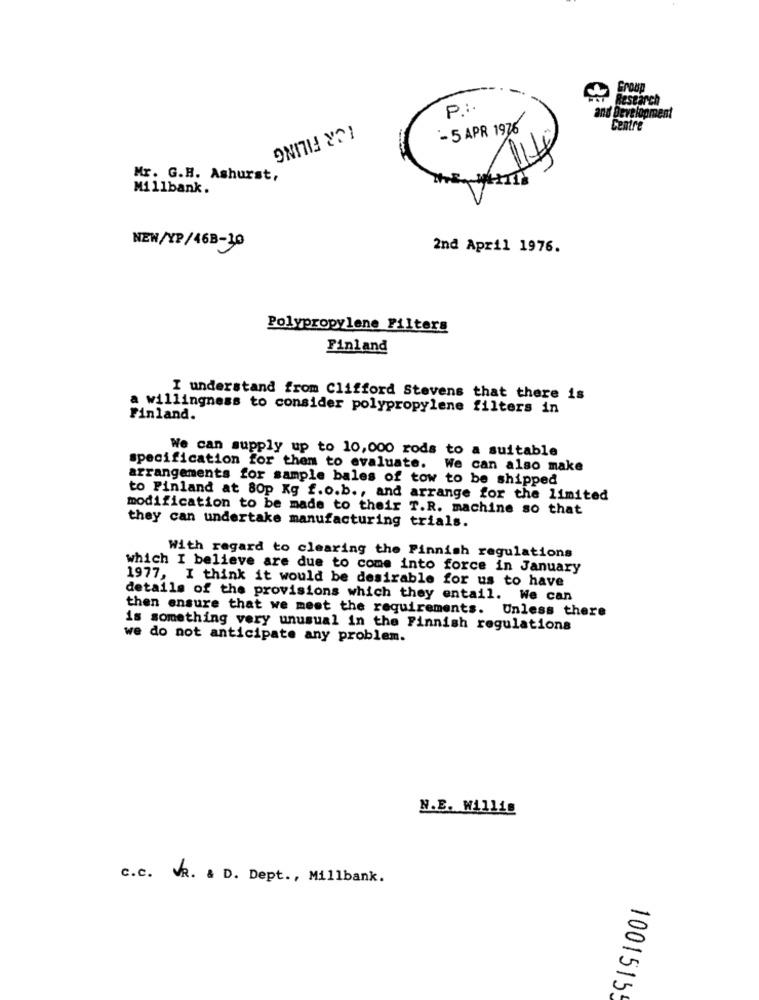
Group
Research
P .:.
and Development
-
- 5 APR 1976
Centre
TCR FILING
Mr. G.H. Ashurst,
Millbank.
NEW/YP/468-10
2nd April 1976.
Polypropylene Filters
Finland
I understand from Clifford Stevens that there is
a willingness to consider polypropylene filters in
Finland.
We can supply up to 10,000 rods to a suitable
specification for them to evaluate.
We can also make
arrangements for sample bales of tow to be shipped
to Finland at 80p Kg f.o.b ., and arrange for the limited
modification to be made to their T.R. machine so that
they can undertake manufacturing trials.
With regard to clearing the Finnish regulations
which I believe are due to come into force in January
1977, I think it would be desirable for us to have
details of the provisions which they entail. We can
then ensure that we meet the requirements. Unless there
is something very unusual in the Finnish regulations
we do not anticipate any problem.
N.B. Willis
c.c. VR. : D. Dept ., Millbank.
1001515